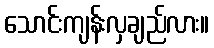
သောင်းကျန်းလှချည်လား။